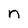
Character: n